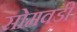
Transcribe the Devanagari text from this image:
सोमवडी